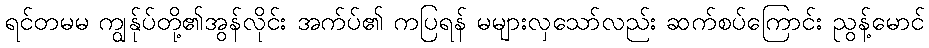
ရင်တမမ ကျွန်ုပ်တို့၏အွန်လိုင်း အက်ပ်၏ ကပြရန် မများလှသော်လည်း ဆက်စပ်ကြောင်း ညွန့်မောင်